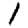
Digit: 1